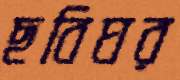
ছবিঘর